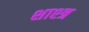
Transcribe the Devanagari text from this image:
शाश्त्र